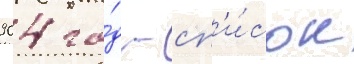
904 го́д - сп'и́сок